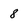
Character: 8